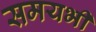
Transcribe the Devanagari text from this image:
समयभी